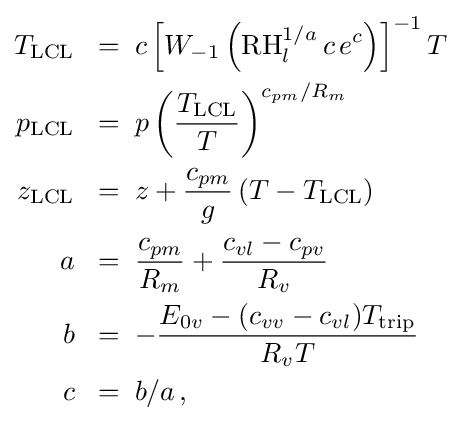
{\begin{alignedat}{1}T_{\text{LCL}}&\;\;=\;c\left[W_{-1}\left({\text{RH}}_{l}^{1/a}\,c\,e^{c}\right)\right]^{-1}T\\p_{\text{LCL}}&\;\;=\;p\left({\frac {T_{\text{LCL}}}{T}}\right)^{c_{pm}/R_{m}}\\z_{\text{LCL}}&\;\;=\;z+{\frac {c_{pm}}{g}}\left(T-T_{\text{LCL}}\right)\\a&\;\;=\;{\frac {c_{pm}}{R_{m}}}+{\frac {c_{vl}-c_{pv}}{R_{v}}}\\b&\;\;=\;-{\frac {E_{0v}-(c_{vv}-c_{vl})T_{\text{trip}}}{R_{v}T}}\\c&\;\;=\;b/a\,,\end{alignedat}}